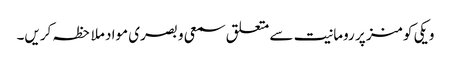
ویکی کومنز پر رومانیت سے متعلق سمعی و بصری مواد ملاحظہ کریں۔